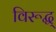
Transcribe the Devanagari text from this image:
विरूद्ध्